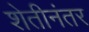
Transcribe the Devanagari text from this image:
शेतीनंतर